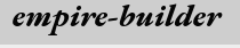
empire-builder